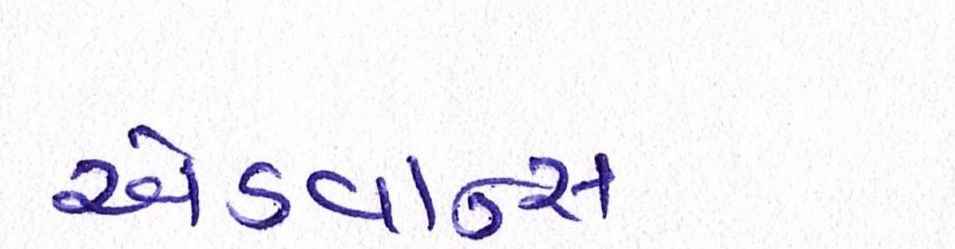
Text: એડવાન્સ